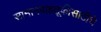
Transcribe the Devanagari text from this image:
सामानवाहतूकीसाठीचे